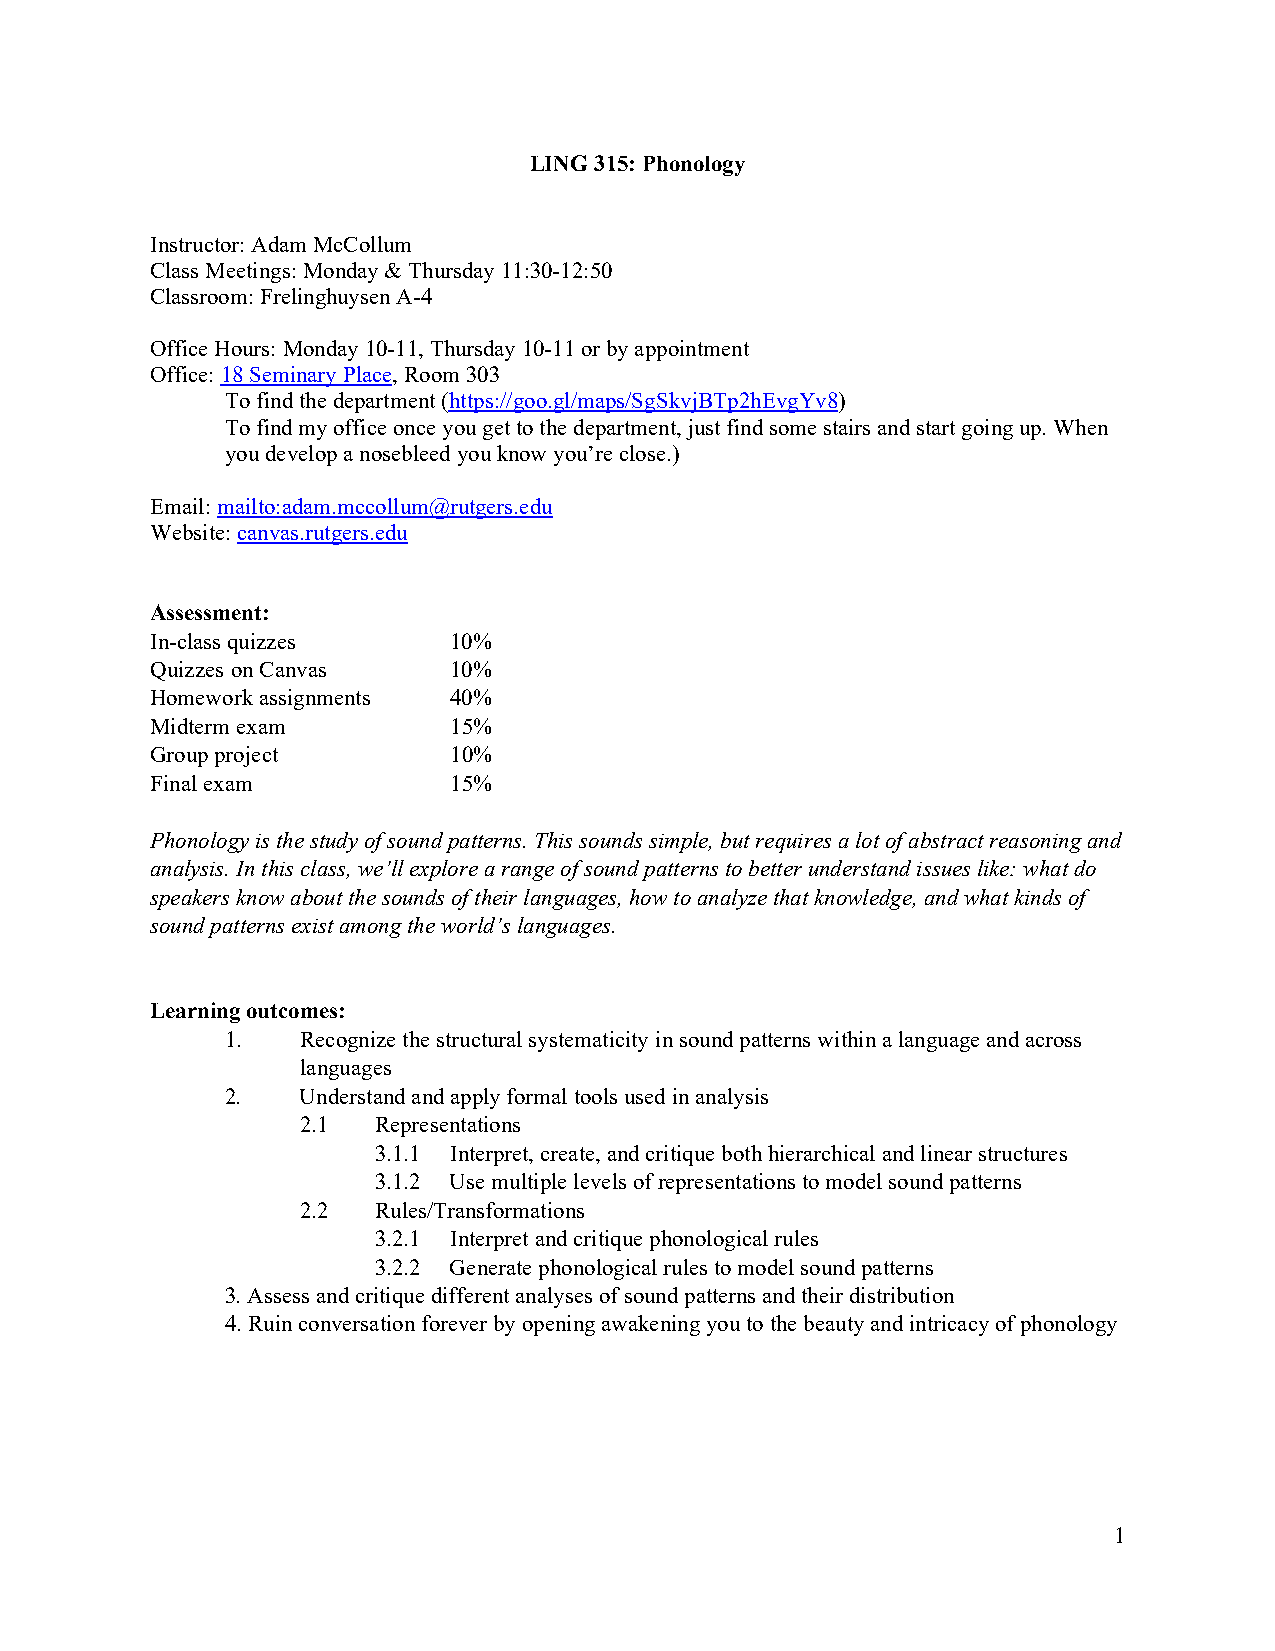
LING 315: Phonology
 Instructor: Adam McCollum
 Class Meetings: Monday & Thursday 11:30-12:50
 Classroom: Frelinghuysen A-4
 Office Hours: Monday 10-11, Thursday 10-11 or by appointment
 Office: 18 Seminary Place, Room 303
 To find the department (https://goo.gl/maps/SgSkvjBTp2hEvgYv8)
 To find my office once you get to the department, just find some stairs and start going up. When
 you develop a nosebleed you know you’re close.)
 Email: mailto:adam.mccollum@rutgers.edu
 Website: canvas.rutgers.edu
 Assessment:
 In-class quizzes    10%
 Quizzes on Canvas   10%
 Homework assignments 40%
 Midterm exam        15%
 Group project       10%
 Final exam          15%
 Phonology is the study of sound patterns. This sounds simple, but requires a lot of abstract reasoning and
 analysis. In this class, we’ll explore a range of sound patterns to better understand issues like: what do
 speakers know about the sounds of their languages, how to analyze that knowledge, and what kinds of
 sound patterns exist among the world’s languages.
 Learning outcomes:
 1.   Recognize the structural systematicity in sound patterns within a language and across
 languages
 2.   Understand and apply formal tools used in analysis
 2.1  Representations
 3.1.1 Interpret, create, and critique both hierarchical and linear structures
 3.1.2 Use multiple levels of representations to model sound patterns
 2.2  Rules/Transformations
 3.2.1 Interpret and critique phonological rules
 3.2.2 Generate phonological rules to model sound patterns
 3. Assess and critique different analyses of sound patterns and their distribution
 4. Ruin conversation forever by opening awakening you to the beauty and intricacy of phonology
 1